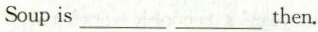
Soup is ___ ___ then.